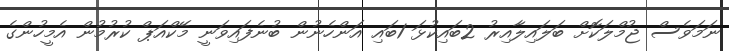
ނަމަވެސް ޖުމްލަކޮށް ބަލައިލާއިރު 2ބައިކުޅަ 1ބައި އަންހެނުން ބުނެފައިވަނީ މޭކްއަޕް ކުރުމުން އެމީހުންގެ